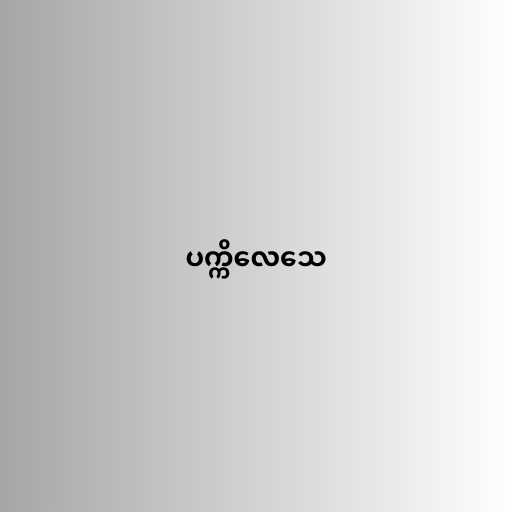
ပက္ကိလေသေ